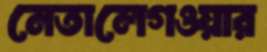
নেতালেগওয়ার